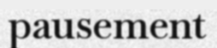
pausement